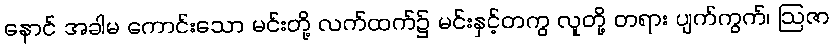
နောင် အခါမ ကောင်းသော မင်းတို့ လက်ထက်၌ မင်းနှင့်တကွ လူတို့ တရား ပျက်ကွက်၊ ဩဇာ